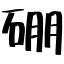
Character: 硼